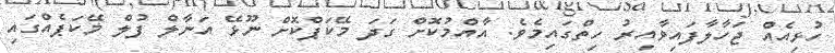
ހުޅިއެއް ޖަހާލާފައިވާއިރު ހިތްގައިމެވެ. އާއްމުކޮށް ގަދަ މޭކަޕްކޮށް ނޫޅޭ އަނާލް ފުލް މޭކަޕެއްގައި